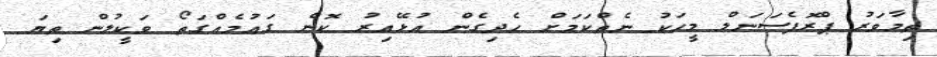
ތިމާވަރު ޕްރޮފެސަނަލް މީހަކު ނެތްކަމަށް ހެދިގެން އުޅޭއިރު ކޮން ގައުމެއްގަތޯ ވަކީލުން ތިޔަ